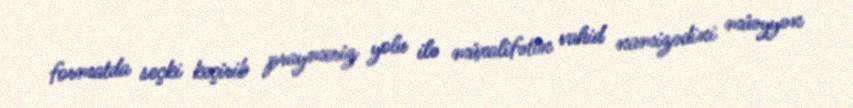
formatda seçki keçirib praymeriz yolu ilə müxalifətin vahid namizədini müəyyən